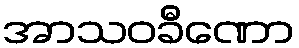
အာသဝခီဏော